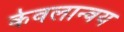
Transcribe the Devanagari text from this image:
केवलान्वय